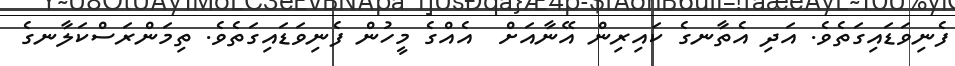
ފެނިވަޑައިގަތެވެ. އަދި އެތާނގެ ކައިރިން އޭނާއަށް  އެއްގެ މީހުން ފެނިވަޑައިގަތެވެ. ތިމަންރަސްކަލާނގެ